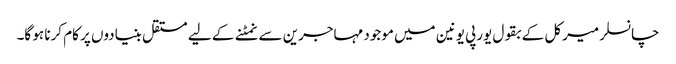
چانسلر میرکل کے بقول یورپی یونین میں موجود مہاجرین سے نمٹنے کے لیے مستقل بنیادوں پر کام کرنا ہو گا۔